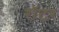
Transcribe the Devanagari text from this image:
रॉटर